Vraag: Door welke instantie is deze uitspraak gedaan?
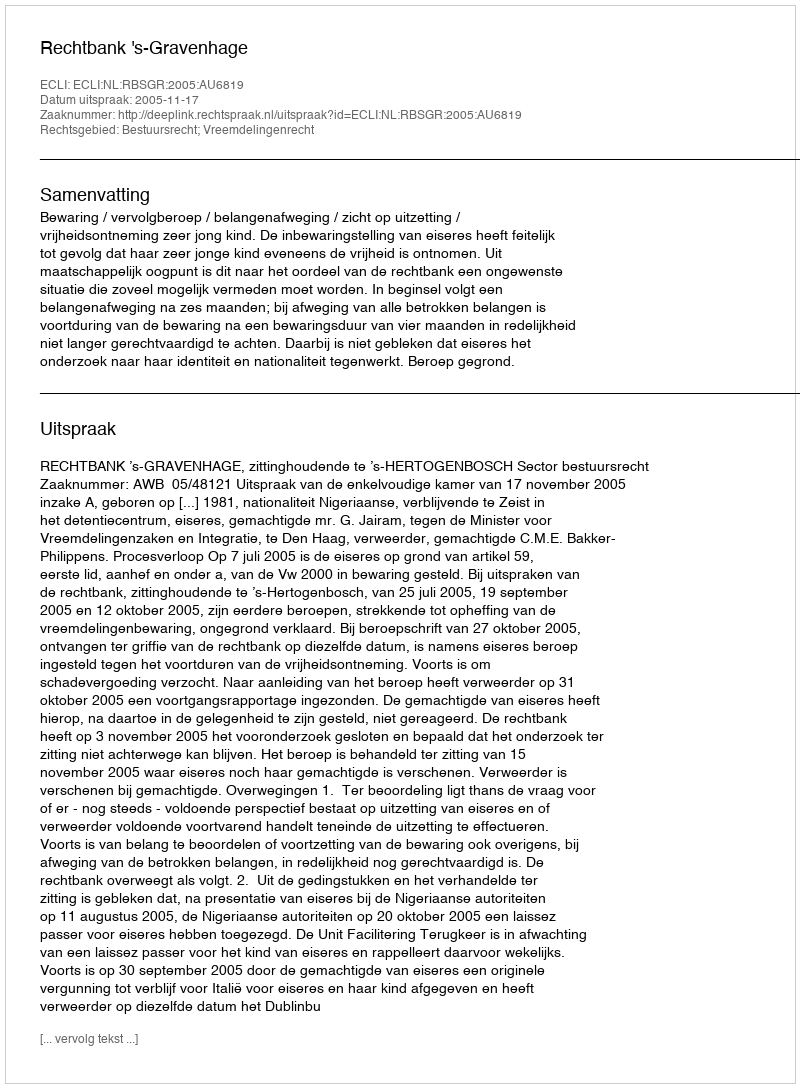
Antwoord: Rechtbank 's-Gravenhage